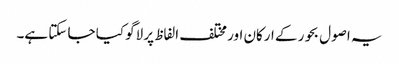
یہ اصول بحور کے ارکان اور مختلف الفاظ پر لاگو کیا جا سکتا ہے۔